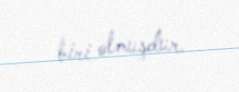
biri olmuşdur.